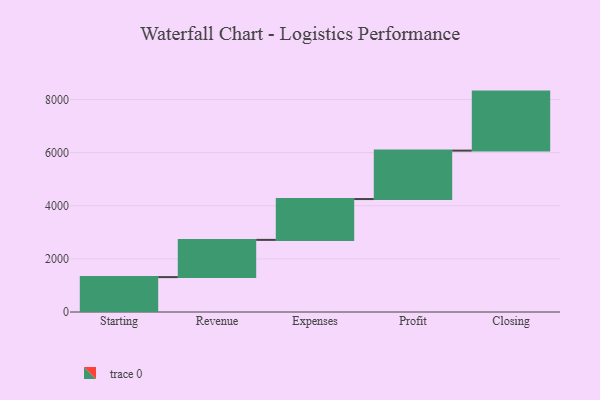
{"axis": {"x": "Step", "y": "Value"}, "legend": [""], "data": [{"x": "Starting", "y": 1314.0, "type": ""}, {"x": "Revenue", "y": 1401.0, "type": ""}, {"x": "Expenses", "y": 1537.0, "type": ""}, {"x": "Profit", "y": 1823.0, "type": ""}, {"x": "Closing", "y": 2222.0, "type": ""}]}